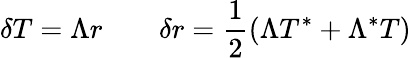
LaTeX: \delta T=\Lambda r\qquad\delta r={\frac{1}{2}}(\Lambda T^{*}+\Lambda^{*}T)